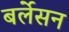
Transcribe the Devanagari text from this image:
बर्लेसन